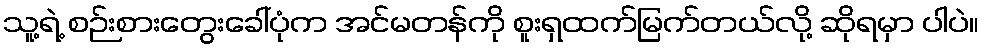
သူ့ရဲ့ စဉ်းစားတွေးခေါ်ပုံက အင်မတန်ကို စူးရှထက်မြက်တယ်လို့ ဆိုရမှာ ပါပဲ။